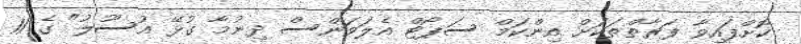
ކޮށްފައިވާ ފަރާތްތަކަށް އިންކަމް ސަޕޯޓް އެލަވަންސް ދިނުމާ ގުޅޭ އުސޫލު" ގެ 11